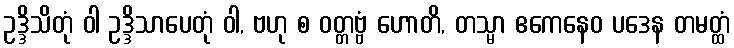
ဥဒ္ဒိသိတုံ ဝါ ဥဒ္ဒိသာပေတုံ ဝါ, ဗဟု စ ဝတ္တဗ္ဗံ ဟောတိ, တသ္မာ ဧကေနေဝ ပဒေန တမတ္ထံ